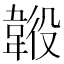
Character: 𩎶